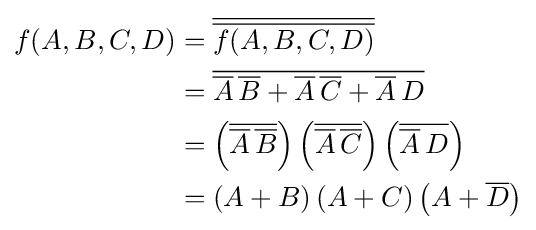
{\begin{aligned}f(A,B,C,D)&={\overline {\overline {f(A,B,C,D)}}}\\&={\overline {{\overline {A}}\,{\overline {B}}+{\overline {A}}\,{\overline {C}}+{\overline {A}}\,D}}\\&=\left({\overline {{\overline {A}}\,{\overline {B}}}}\right)\left({\overline {{\overline {A}}\,{\overline {C}}}}\right)\left({\overline {{\overline {A}}\,D}}\right)\\&=\left(A+B\right)\left(A+C\right)\left(A+{\overline {D}}\right)\end{aligned}}